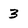
Character: 3